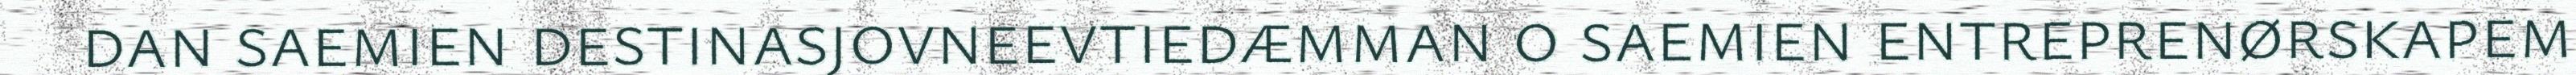
dan saemien destinasjovneevtiedæmman o saemien entreprenørskapem